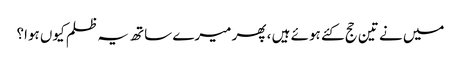
میں نے تین حج کئے ہوئے ہیں ، پھر میرے ساتھ یہ ظلم کیوں ہوا؟